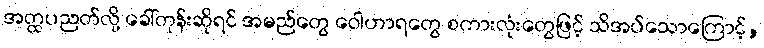
အတ္ထပညတ်လို့ ခေါ်တုန်းဆိုရင် အမည်တွေ ဝေါဟာရတွေ စကားလုံးတွေဖြင့် သိအပ်သောကြောင့်,